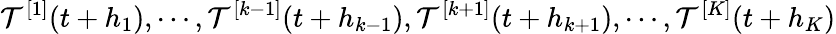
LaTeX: \mathcal{T}^{[1]}(t+h_{1}),\cdots,\mathcal{T}^{[k-1]}(t+h_{k-1}),\mathcal{T}^{[k+1]}(t+h_{k+1}),\cdots,\mathcal{T}^{[K]}(t+h_{K})